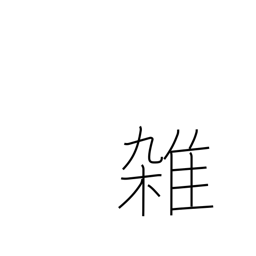
Meaning: miscellaneous